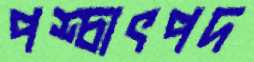
পশ্চাৎপদ